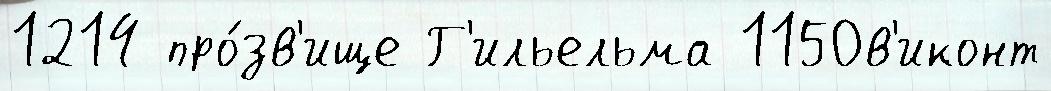
1214 про́зв'ище Г'ильельма 1150в'иконт